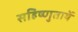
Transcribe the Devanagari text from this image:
सहिष्णुतायें